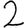
Digit: 2